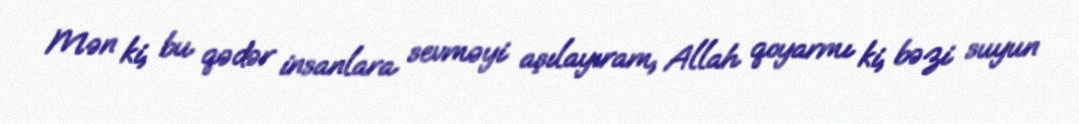
Mən ki, bu qədər insanlara sevməyi aşılayıram, Allah qoyarmı ki, bəzi suyun